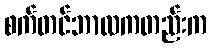
စက်တင်ဘာလကတည်းက